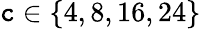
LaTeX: \mathtt{c}\in\{ 4,8,16,24\}